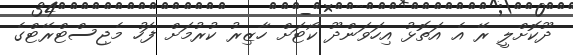
ދޫކޮށްލީ ރޭ އެ އަތޮޅު އިހަވަންދޫ ކޯޓަށް ހާޒިރު ކުރުމަށް ފަހު މެޖިސްޓްރޭޓްގެ